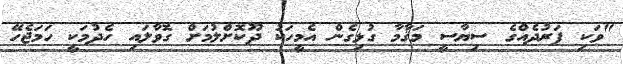
"ވަކި ފަރުދެއްގެ ސިޔާސީ މަޤާމާ ގުޅިގެން އެމީހަކު ދޫކޮށްލުމަށް ގޮވާލައި ހެދުމަކީ ހަމަޖެހޭ